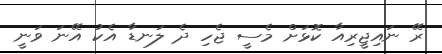
ރޭ ނައިޖީރިއާ ކޮޅަށް މެސީ ޖެހި ދެ ލަނޑާ އެކު އޭނަ ވަނީ